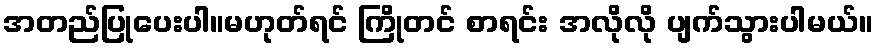
အတည်ပြုပေးပါ။မဟုတ်ရင် ကြိုတင် စာရင်း အလိုလို ပျက်သွားပါမယ်။